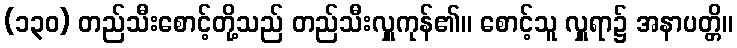
(၁၃၀) တည်သီးစောင့်တို့သည် တည်သီးလှူကုန်၏။ စောင့်သူ လှူရာ၌ အနာပတ္တိ။